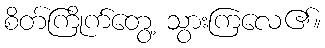
စိတ်ကြိုက်တွေ့ သွားကြလေ၏။